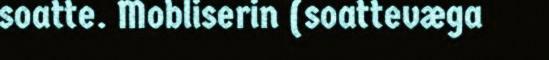
soatte. Mobliserin (soattevæga